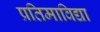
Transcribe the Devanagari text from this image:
प्रतिमाविद्या